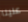
علينا